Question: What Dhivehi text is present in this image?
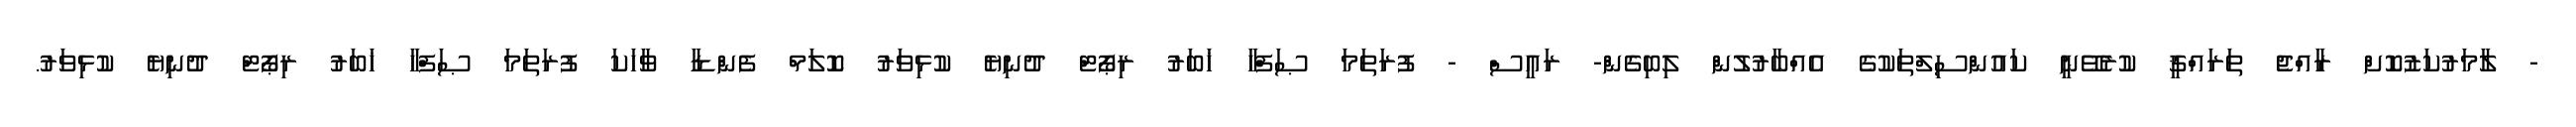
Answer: - ލާމަރުކަޒުކޮށް ރާއްޖެ ތަރައްޤީ ކުރެވޭނީ ކައުންސިލްތަކުގެ އެއްބާރުލުން ލިބިގެން- ރައީސް - ފުރަތަމަ ޞަފްހާ ޚަބަރު ރިޕޯޓް ދުނިޔެ ކުޅިވަރު ކޮލަމް ފެންޑާ ވާހަކަ ފުރަތަމަ ޞަފްހާ ޚަބަރު ރިޕޯޓް ދުނިޔެ ކުޅިވަރު.